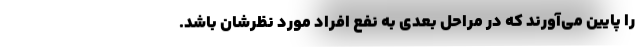
را پایین می‌آورند که در مراحل بعدی به نفع افراد مورد نظرشان باشد.